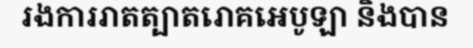
រងការរាតត្បាតរោគអេបូឡា និងបាន